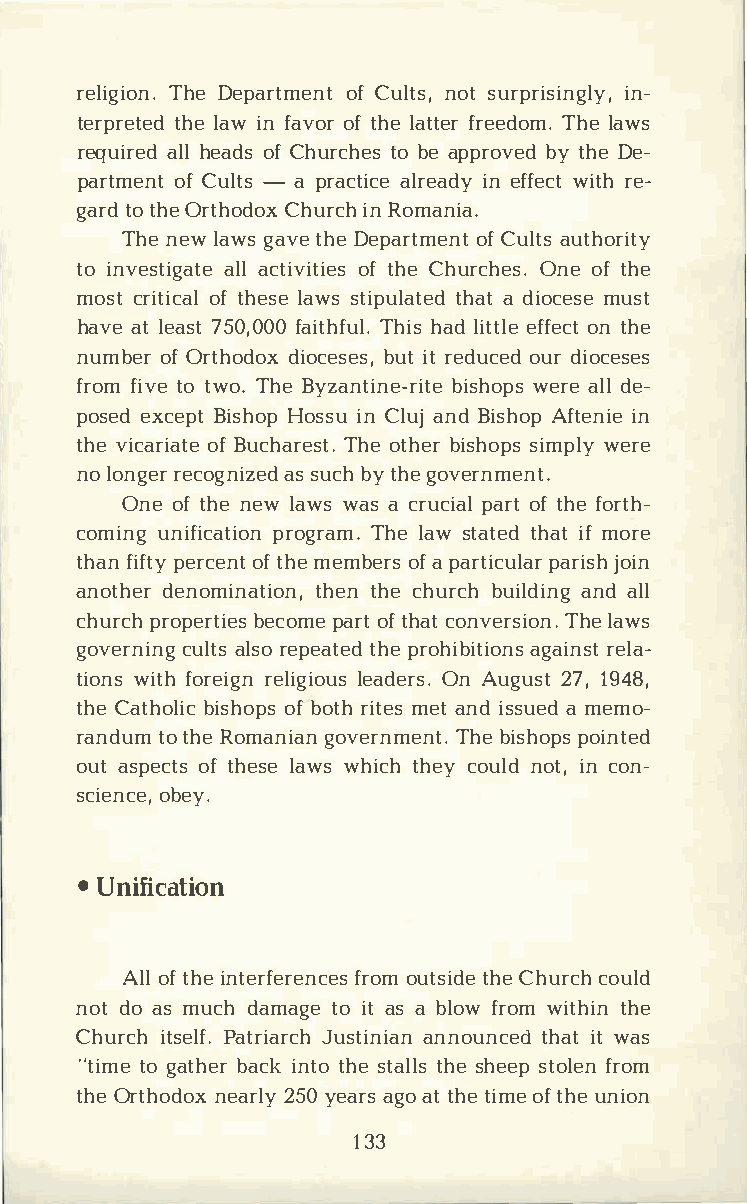
religTihoeDn e.p artomfCe unltnt oss,tu rpriisni­ngly,
 terprtehlteea idwn f avooftr h lea tter Tfhrleea ewdso m.
 requailrhlee da odfsC hurcthobe eas p probvyte hdDe e ­
 partmoefCn utl -tsap racticei nea flfreecatrd ey­w ith
 gartdot hOer thoCdhouxri cnRh o mania.
 Thnee wl awgsa vtehD ee partomfCe unlattu st hority
 toi nvestailaglca ttievo iftt hiCeeh su rcOhneeso .ft he
 mosctr itoiftc haells aews st iputlhaaatdt ei do cmeusset
 havaetl ea7s5t0 ,f0a0i0t Thhfihusal ld.i tetflfoeen ct th e
 numboefOr r thoddiooxc ebsuietrts e ,d uocuedrdi oceses
 frofmi tvoet woT.h eB yzantibnies-hrwoieptraseel d le ­
 poseexdc eBpits hHoops siunC luajn Bdi shAofpt einni e
 thvei caroifBa utceh aTrheoest th.be irs hsoipmspw leyr e
 nol onrgeecro ganssi uzcebhdyt hgeo vernment.
 Oneo ft hnee wl awwsa sac rucpiaaroltft hfeo rth­
 comiunngi ficpartoigorTnah mel. a swt attheadit mf o re
 thafni fty  opfte hrmece emnbteo rfaps a rtipcaurljiaosrih n
 anotdheenro mintahteitnoh cneh, u rbcuhi ladnidan lgl
 churpcrho pebretciopemaseor ftt hcaotn verTshileoa nw.s
 govercnuilantlgsrs eop etahtpeer do hibaigtaiironenslsta ­
 tiownistf ho rerieglni glieoaudOsen rA su.g u2s7t1, 9 48,
 thCea thboilsihcoo fbpostr hi tmeesat n ids saum eedm o­
 randtuotm h Reo mangioavne rnTmhebeni ts.h poopisn ted
 ouats peocftt hse lsaew wsh icthh ecyo unlodti ,nc on­
 scieonbceey,.
 •U nification
 Alolft hien terfferroeomnu ctestsih Cdehe u rccohu ld
 nodto a sm ucdha matgoie t a sa b lofwr owmi thtihne
 Churicths Pealtfr.i Jaurscthia nninaonu ntcheaidttw as
 "titmoge a thbearci kn ttohs et atlhlsesh esetpo flreonm
 thOer thondeoaxr2 l5yy0e aargsao tt htei moeft huen ion
 133